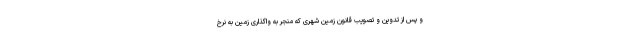
و پس از تدوین و تصویب قانون زمین شهری که منجر به واگذاری زمین به نرخ